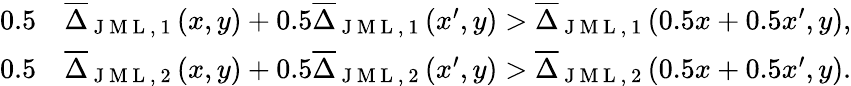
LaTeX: \begin{array}{rl}{0.5}&{{}\overline{{\Delta}}_{\mathrm{~J~M~L~,~1~}}(x,y)+0.5\overline{{\Delta}}_{\mathrm{~J~M~L~,~1~}}(x^{\prime},y)>\overline{{\Delta}}_{\mathrm{~J~M~L~,~1~}}(0.5x+0.5x^{\prime},y),}\\ {0.5}&{{}\overline{{\Delta}}_{\mathrm{~J~M~L~,~2~}}(x,y)+0.5\overline{{\Delta}}_{\mathrm{~J~M~L~,~2~}}(x^{\prime},y)>\overline{{\Delta}}_{\mathrm{~J~M~L~,~2~}}(0.5x+0.5x^{\prime},y).}\end{array}